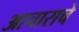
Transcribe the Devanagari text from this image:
आचाराचे